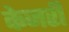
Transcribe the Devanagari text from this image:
केजरी